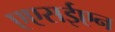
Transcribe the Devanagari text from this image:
एएसईएन